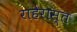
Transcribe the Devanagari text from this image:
राहेरास्त